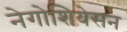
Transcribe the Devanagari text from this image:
नेगोशियेसन